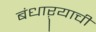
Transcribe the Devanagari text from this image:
बंधाऱ्याची